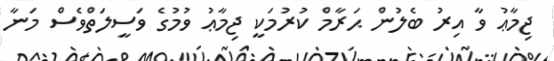
ޖިމާޢު ވާ އިރު ބެލުން ޙަރާމް ކުރުމަކީ ޖިމާޢު ވުމުގެ ވަސީލަތްވެސް މަނާ